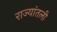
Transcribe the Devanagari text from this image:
राज्यांतली